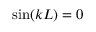
\sin ( k L ) = 0